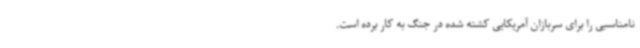
نامناسبی را برای سربازان آمریکایی کشته شده در جنگ به کار برده است.